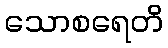
သောစရေတိ